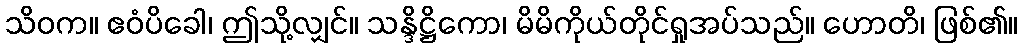
သိဝက။ ဧဝံပိခေါ၊ ဤသို့လျှင်။ သန္ဒိဋ္ဌိကော၊ မိမိကိုယ်တိုင်ရှုအပ်သည်။ ဟောတိ၊ ဖြစ်၏။